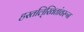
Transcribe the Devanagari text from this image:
हस्तलि्खितांवरून